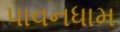
પાવનધામ